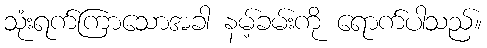
သုံးရက်ကြာသောအခါ နမ့်ခမ်းကို ရောက်ပါသည်။